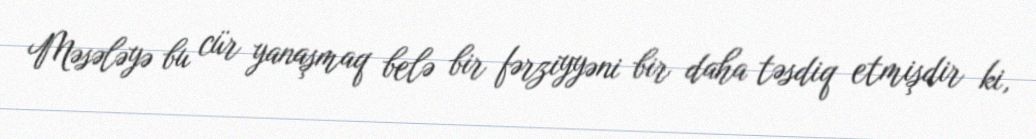
Məsələyə bu cür yanaşmaq belə bir fərziyyəni bir daha təsdiq etmişdir ki,